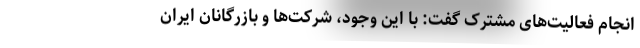
انجام فعالیت‌های مشترک گفت: با این وجود، شرکت‌ها و بازرگانان ایران